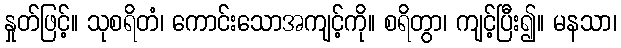
နှုတ်ဖြင့်။ သုစရိတံ၊ ကောင်းသောအကျင့်ကို။ စရိတွာ၊ ကျင့်ပြီး၍။ မနသာ၊